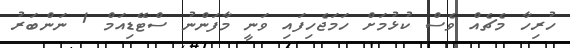
ހުރިހާ މެޗެއް ވެސް ކުޅުމަށް ހަމަޖެހިފައި ވަނީ މާފަންނު ސްޓޭޑިއަމް 1 ނަންބަރު